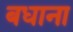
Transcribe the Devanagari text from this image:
बधाना